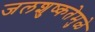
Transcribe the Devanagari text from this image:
जलशुष्कतेमुळे